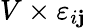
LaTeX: V\times\varepsilon_{i\mathbf{j}}